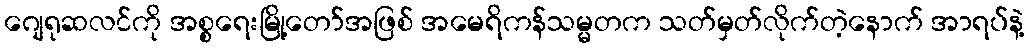
ဂျေရုဆလင်ကို အစ္စရေးမြို့တော်အဖြစ် အမေရိကန်သမ္မတက သတ်မှတ်လိုက်တဲ့နောက် အာရပ်နဲ့